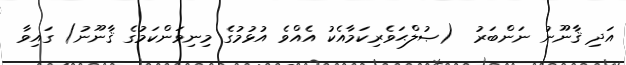
އަދި ޤާނޫނު ނަންބަރު  (ޞުލްޙަވެރިކަމާއެކު އެއްވެ އުޅުމުގެ މިނިވަންކަމުގެ ޤާނޫނު) ގައިވާ